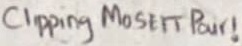
Text: Clipping MOSFET Pair!